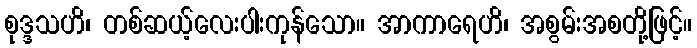
စုဒ္ဒသဟိ၊ တစ်ဆယ့်လေးပါးကုန်သော။ အာကာရေဟိ၊ အစွမ်းအစတို့ဖြင့်။